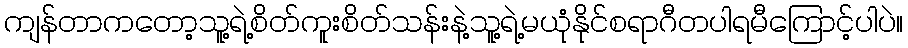
ကျန်တာကတော့သူ့ရဲ့စိတ်ကူးစိတ်သန်းနဲ့သူ့ရဲ့မယုံနိုင်စရာဂီတပါရမီကြောင့်ပါပဲ။